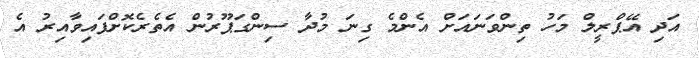
އަދި އޭޕްރީލް މަހު ތިންވަނައަށް އެންމެ ގިނަ މުދާ ސިންގަޕޫރުން އެތެރެކޮށްފައިވާއިރު އެ